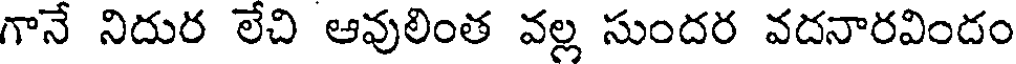
గానే నిదుర లేచి ఆవులింత వల్ల సుందర వదనారవిందం